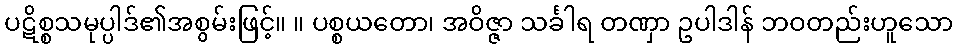
ပဋိစ္စသမုပ္ပါဒ်၏အစွမ်းဖြင့်။ ။ ပစ္စယတော၊ အဝိဇ္ဇာ သင်္ခါရ တဏှာ ဥပါဒါန် ဘဝတည်းဟူသော